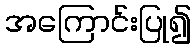
အကြောင်းပြု၍